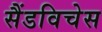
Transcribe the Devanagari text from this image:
सैंडविचेस